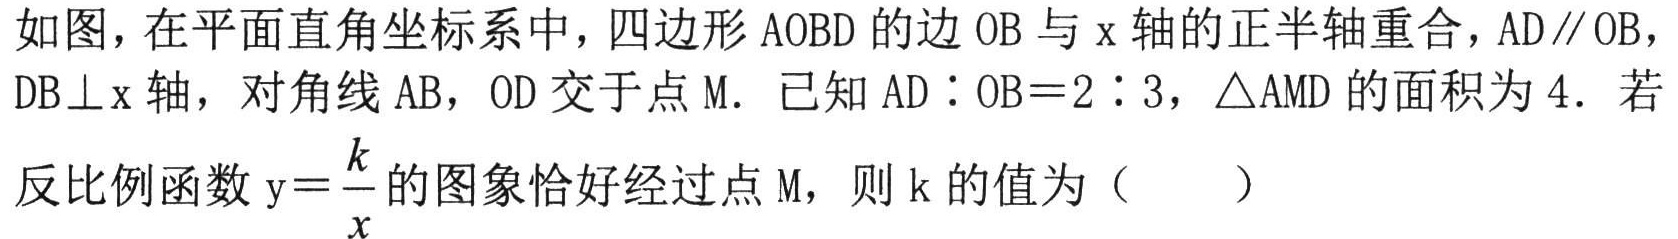
如图，在平面直角坐标系中，四边形\(AOBD\)的边 \(OB\) 与 \(x\) 轴的正半轴重合，\(AD\parallel OB\)，\(DB\perp x\) 轴，对角线 \(AB\)，\(OD\) 交于点 \(M\). 已知 \(AD:OB = 2:3\)，\(\triangle AMD\) 的面积为 \(4\). 若反比例函数 \(y = \frac{k}{x}\) 的图象恰好经过点 \(M\)，则 \(k\) 的值为（  ）